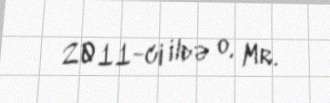
2011-ci ildə o, Mr.